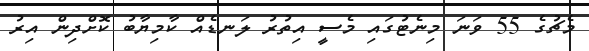
މެޗުގެ 55 ވަނަ މިނެޓުގައި މެސީ އިތުރު ލަނޑެއް ކާމިޔާބު ކޮށްދިން އިރު